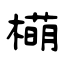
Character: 橗